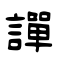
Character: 譂